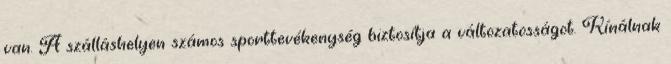
van. A szálláshelyen számos sporttevékenység biztosítja a változatosságot. Kínálnak